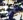
سوق